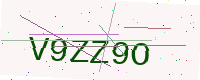
Text: V9ZZ9O